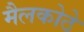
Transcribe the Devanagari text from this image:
मैलकोठे